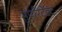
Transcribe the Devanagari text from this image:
सुपरिटेंडंट